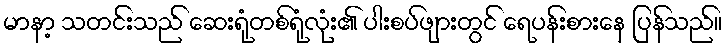
မာနာ့ သတင်းသည် ဆေးရုံတစ်ရုံလုံး၏ ပါးစပ်ဖျားတွင် ရေပန်းစားနေ ပြန်သည်။